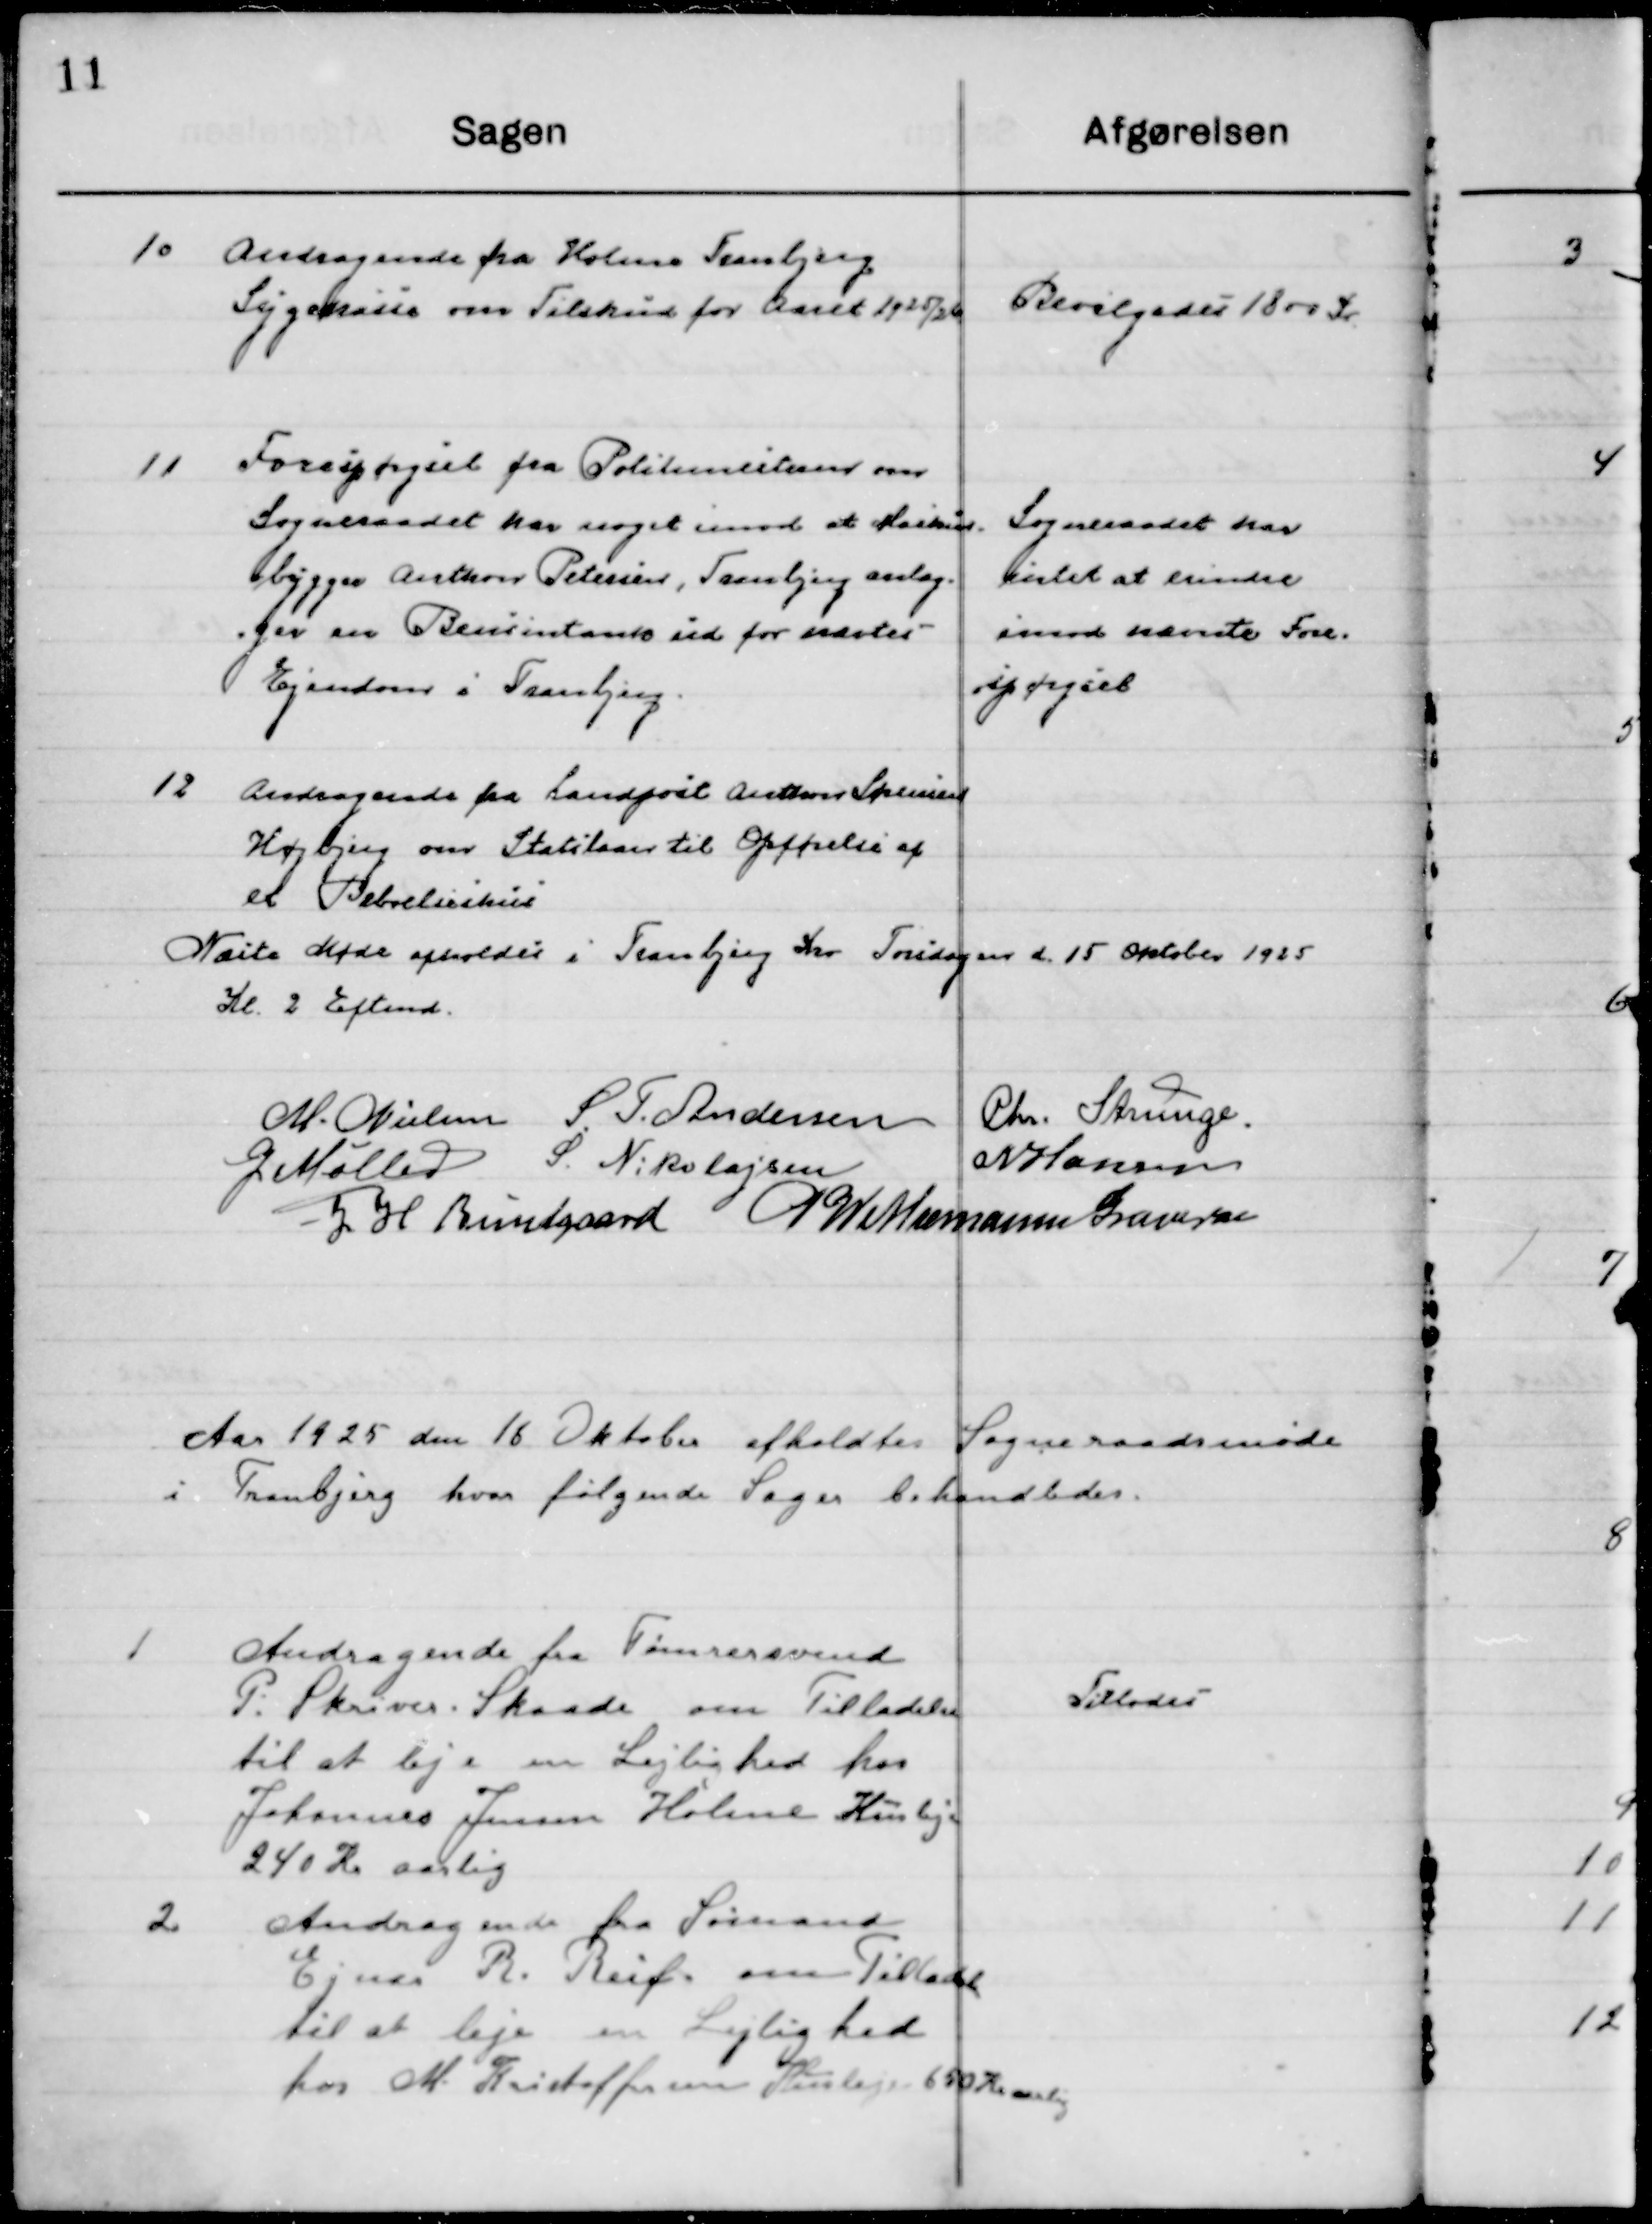
Transskription:
10

Andragende fra Holme Tranbjerg
Sygekasse om Tilskud for Aaret 1925/26.

Bevilgedes 1800 Kr.

11

Forespørgsel fra Politimesteren om
Sogneraadet har noget imod Maskin-
bygger Anthon Petersen, Tranbjerg anlæg-
ger en Bensintank ud for nævntes 
Ejendom i Tranbjerg.

Sogneraadet har
Intet at erindre
Imod nævne Fore-
spørgsel

12

Andragende fra Landpost Anthon Sørensen
Højbjerg om Statslaan til Opførelse af
et Beboelseshus.

Næste Møde afholdes i Tranbjerg Kro Torsdagen den 15 Oktober 1925
Kl. 2 Eftermd.

M. Nielsen
S. F. Andersen
Chr. Strunge
G. Møller
S. Nikolajsen
N. Hansen
J. H. Bundgaard
P. Wethemann Graversen

Aaret 1925 den 18 Oktober afholdtes Sogneraadsmøde 
i Tranbjerg hvor følgende Sager behandledes.

1

Andragende fra Tømrersvend
P. Skriver, Skaade om Tilladelse
til at leje en Lejlighed hos
Johannes Jensen Holme Husleje
240 Kr. Aarlig.

Tillodes

2

Andragende fra Sømand
Ejner R. Reif. om Tilladelse
til at leje en Lejlighed 
hos M. Kristoffersen Husleje 650 Kr. Aarlig